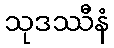
သုဒဿီနံ